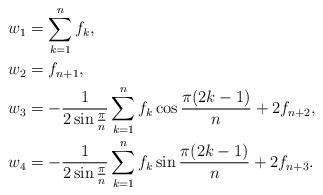
LaTeX: \begin{align*}&w_1=\sum \limits _{k=1}^{n} f_k,\\&w_2 =f_{n+1},\\&w_3=-\frac{1}{2 \sin \frac{\pi}{n}}\sum \limits _{k=1}^{n} f_k \cos \frac{\pi(2k-1)}{n}+2 f_{n+2},\\&w_4=-\frac{1}{2 \sin \frac{\pi}{n}}\sum \limits _{k=1}^{n} f_k \sin \frac{\pi(2k-1)}{n}+2 f_{n+3}.\end{align*}